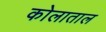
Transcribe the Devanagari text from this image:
कोलाताल